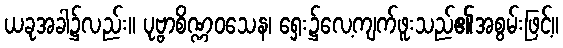
ယခုအခါ၌လည်း။ ပုဗ္ဗာစိဏ္ဏဝသေန၊ ရှေး၌လေ့ကျက်ဖူးသည်၏အစွမ်းဖြင့်။